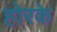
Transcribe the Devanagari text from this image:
होरके